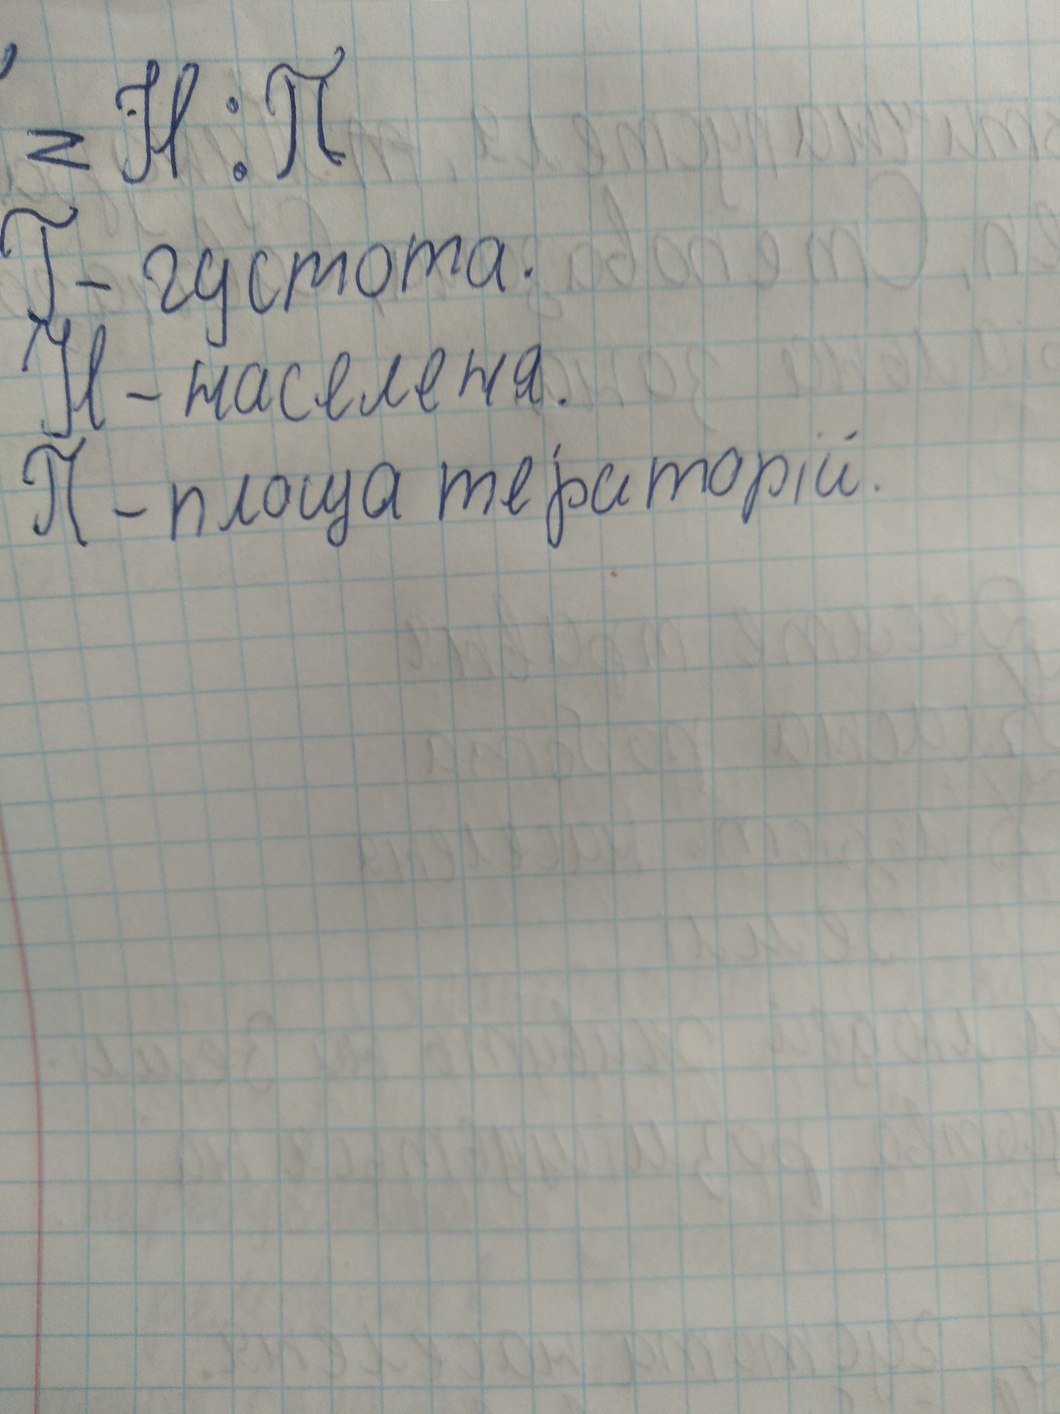
z H : П
Г- густота.
Н - населеня.
П - площа територій.